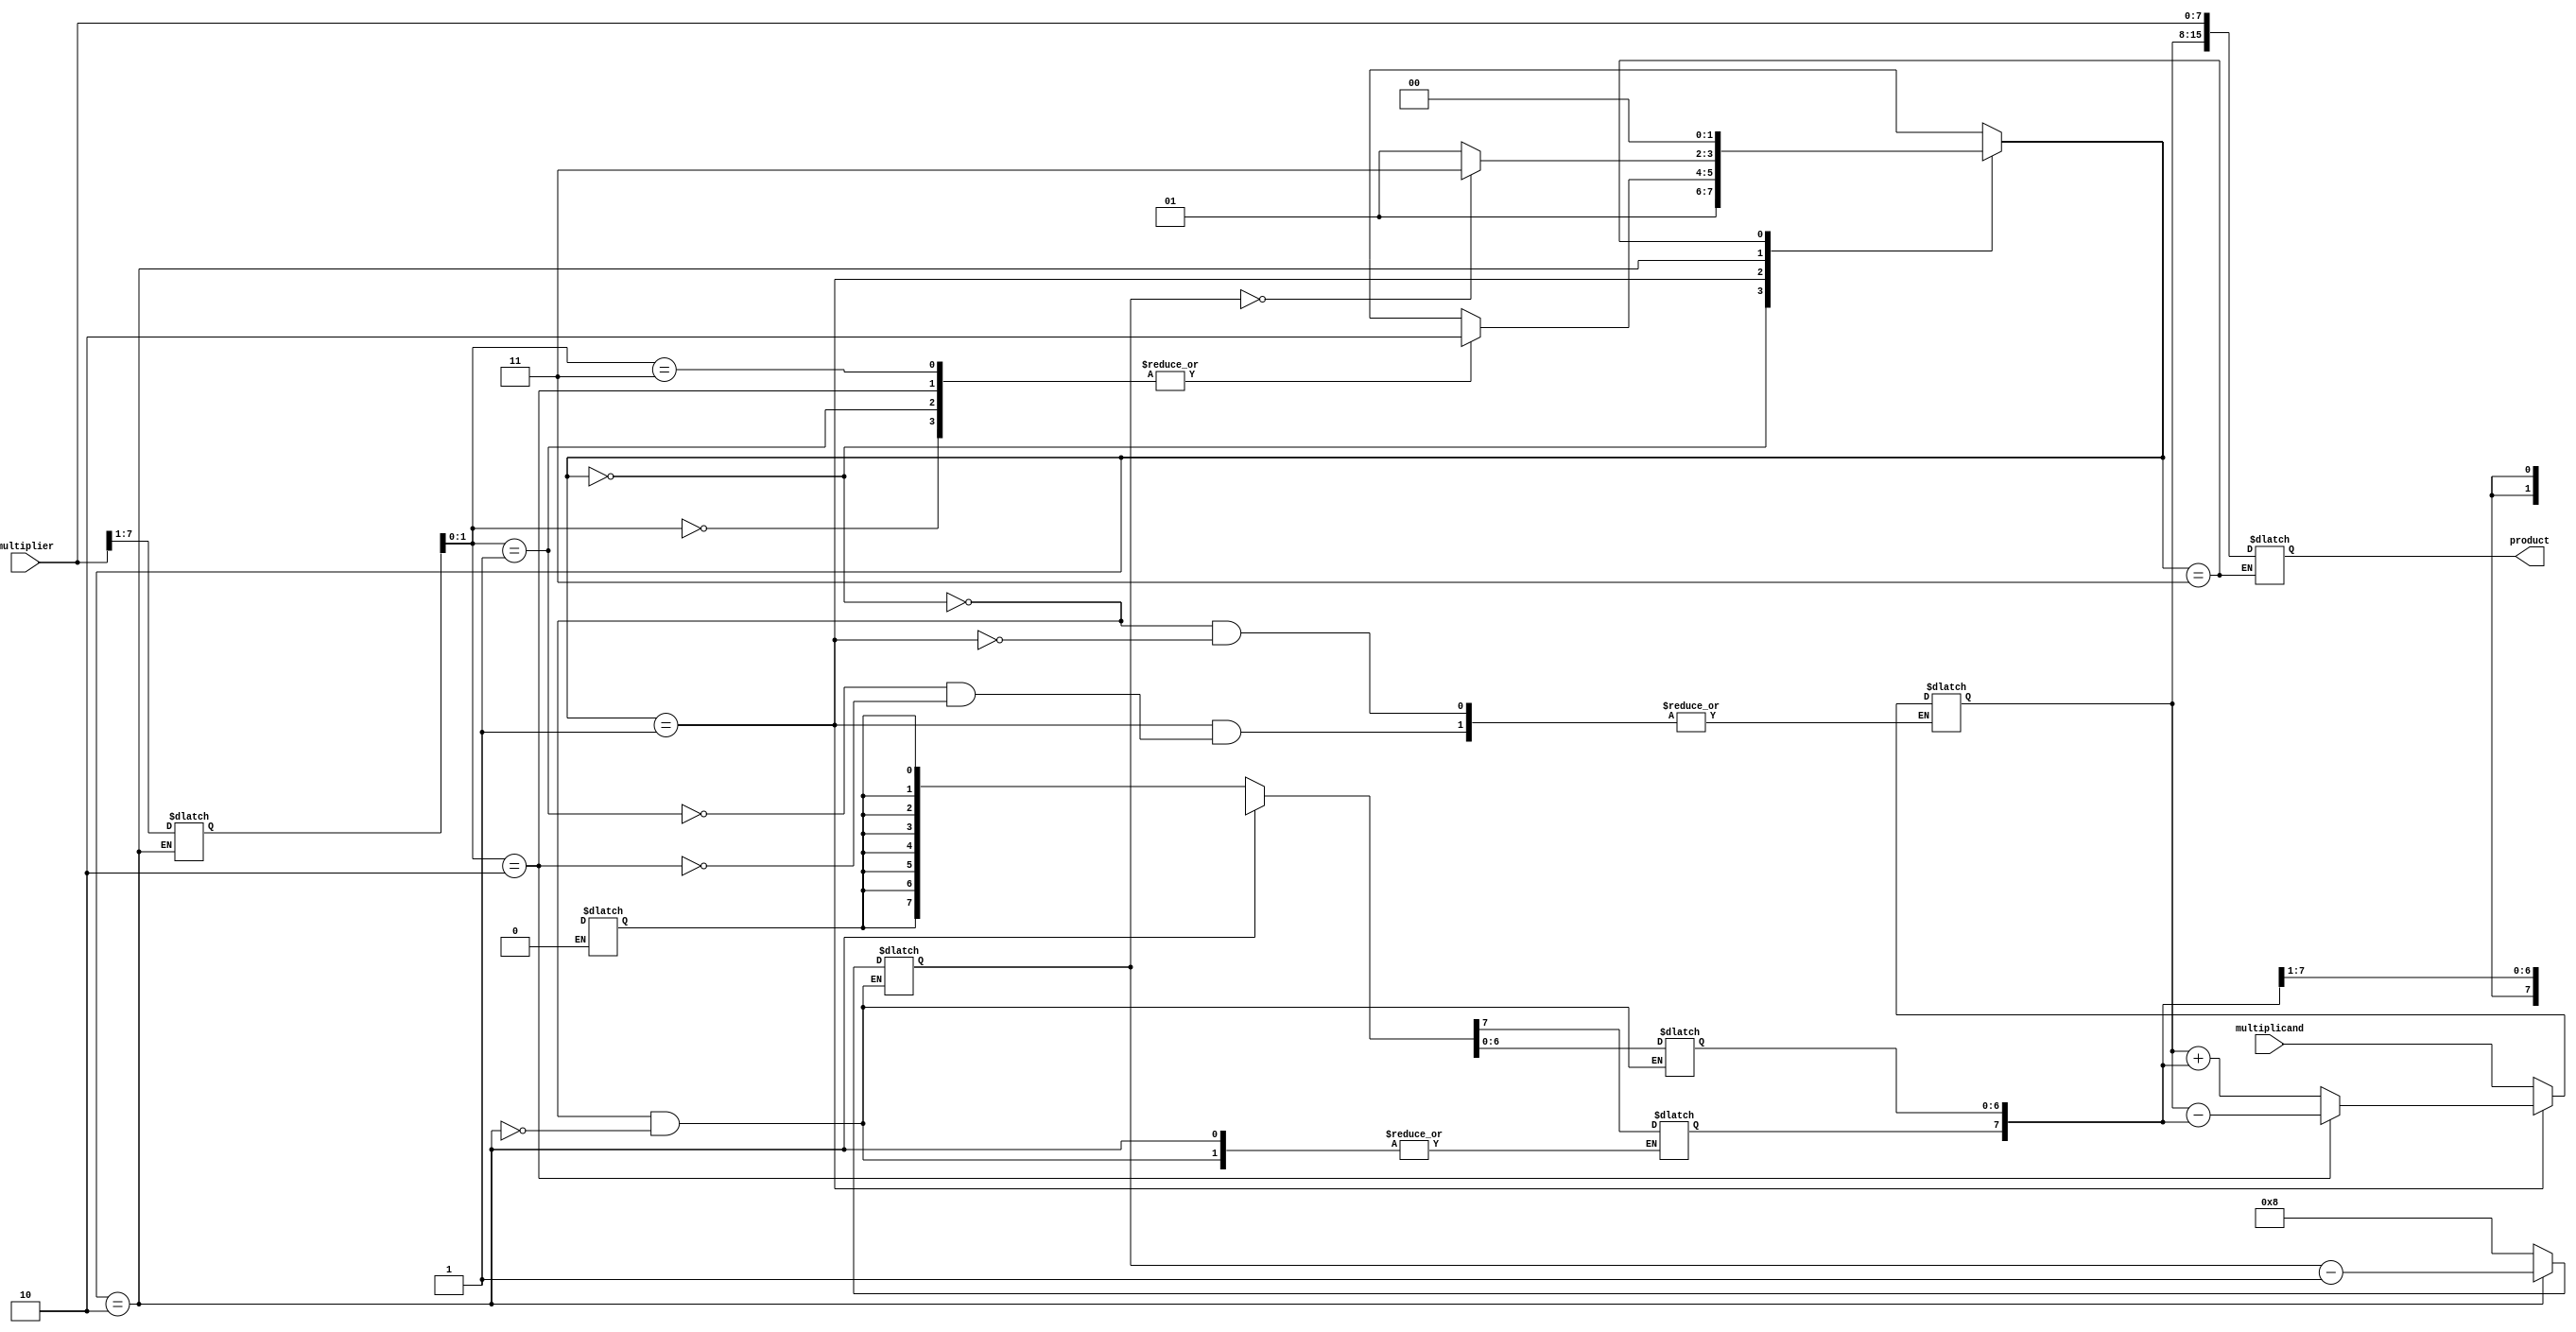
module booth_multiplier(
    input wire [7:0] multiplicand,
    input wire [7:0] multiplier,
    output wire [15:0] product
);

reg [7:0] A;
reg [7:0] S;
reg [3:0] count;
reg [1:0] state;

always @(*) begin
    case(state)
        0: begin //initialize
            A <= multiplicand;
            S <= {8{multiplier[7]}};
            count <= 4'b1000;
            state <= 1;
        end
        1: begin //booth encoding
            case(multiplier[1:0])
                2'b00: begin
                    state <= 2;
                end
                2'b01: begin
                    A <= A + S;
                    state <= 2;
                end
                2'b10: begin
                    A <= A - S;
                    state <= 2;
                end
                2'b11: begin
                    state <= 2;
                end
            endcase
        end
        2: begin //arithmetic shift right
            S <= {S[7], S[7:1]};
            multiplier <= {multiplier[7], multiplier[7:1]};
            count <= count - 1;
            if(count == 0) begin
                state <= 3;
            end else begin
                state <= 1;
            end
        end
        3: begin //output product
            product <= {A, multiplier};
            state <= 0;
        end
    endcase
end

endmodule